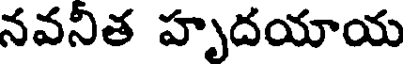
నవనీత హృదయాయ